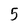
Character: 5